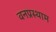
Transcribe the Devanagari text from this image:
वनप्रस्थाम